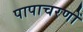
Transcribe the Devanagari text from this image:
पापाचरणों